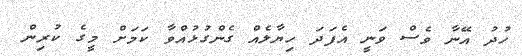
ހުދު އޭނާ ވެސް ވަނީ އެފަދަ ހިޔާލެއް ގެންގުޅުއްވާ ކަމަށް މީގެ ކުރިން